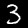
Label: 3